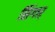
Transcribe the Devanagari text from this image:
सिंगार्